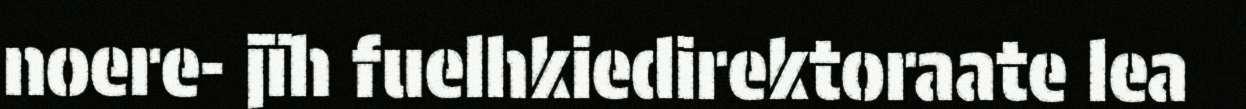
noere- jïh fuelhkiedirektoraate lea